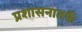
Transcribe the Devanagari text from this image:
प्रशासनातर्फे